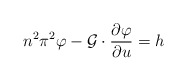
\begin{align*}n^2\pi^2\varphi - \mathcal{G} \cdot \dfrac{\partial \varphi}{\partial u} =h\end{align*}